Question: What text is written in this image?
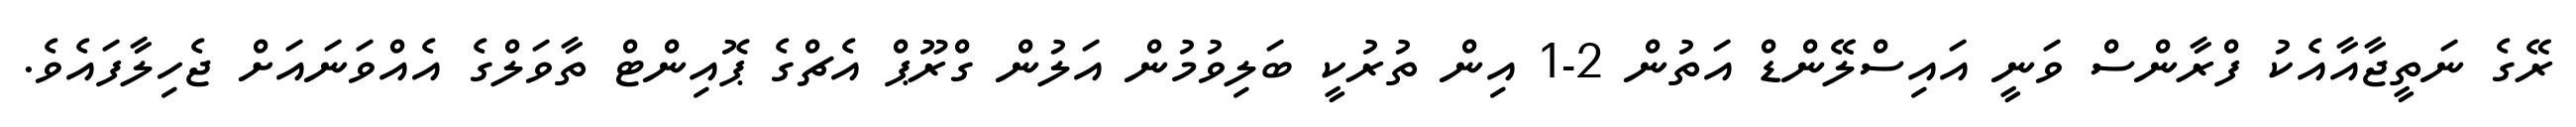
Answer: ރޭގެ ނަތީޖާއާއެކު ފްރާންސް ވަނީ އައިސްލޭންޑް އަތުން 2-1 އިން ތުރުކީ ބަލިވުމުން އަލުން ގްރޫޕް އެޗްގެ ޕޮއިންޓް ތާވަލްގެ އެއްވަނައަށް ޖެހިލާފައެވެ.